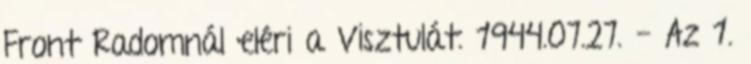
Front Radomnál eléri a Visztulát. 1944.07.27. - Az 1.